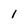
Character: 1